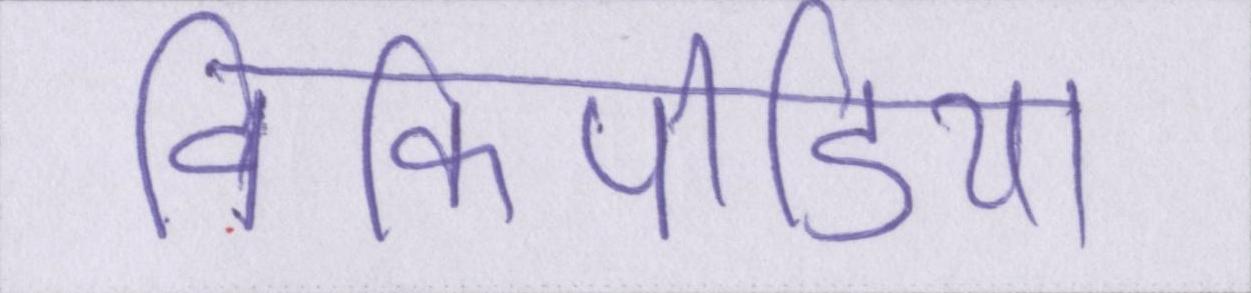
विकिपीडिया